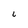
Character: i